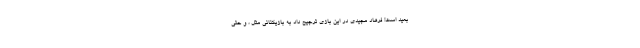
بعید است! فرهاد مجیدی در این بازی ترجیح داد به بازیکنانی مثل ، و حتی